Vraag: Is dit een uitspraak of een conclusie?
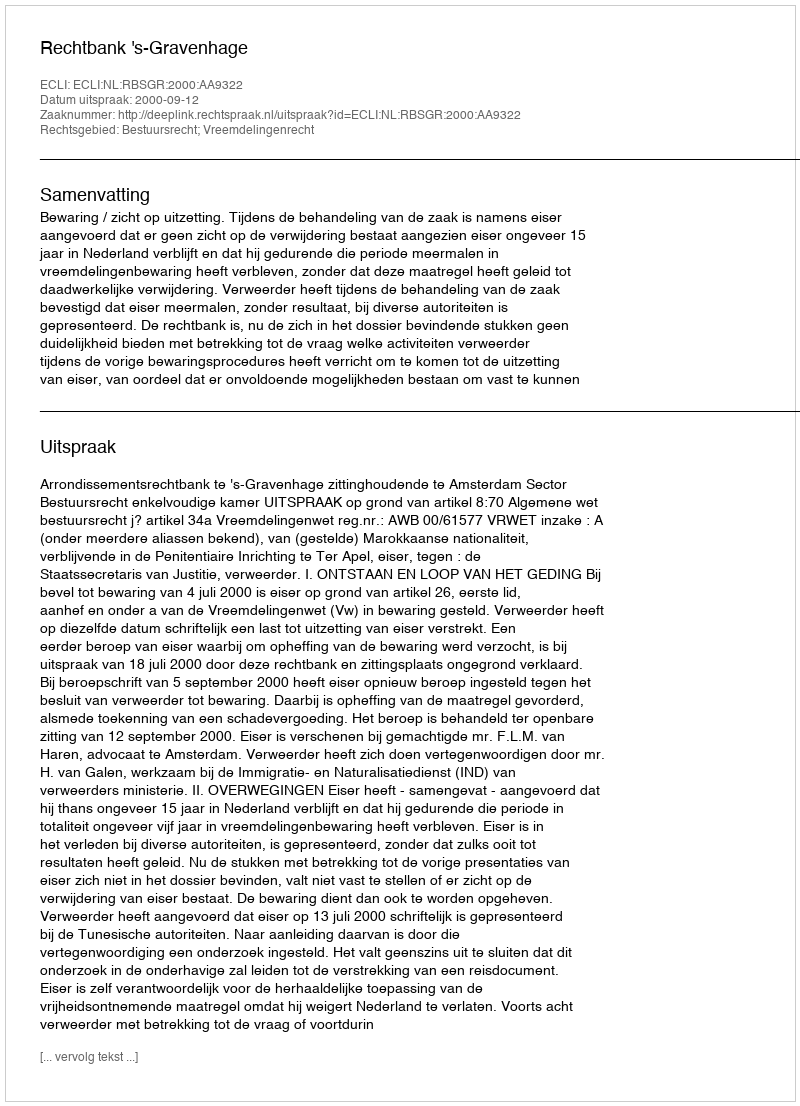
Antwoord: Uitspraak